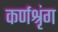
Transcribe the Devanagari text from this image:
कर्णश्रृंग